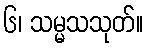
၆၊ သမ္မသသုတ်။